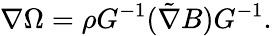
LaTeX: \nabla\Omega=\rho G^{-1}(\tilde{\nabla}B)G^{-1}.